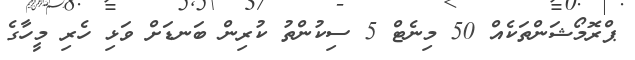
ޕްރޮމޯޝަންތަކެއް 50 މިނެޓް 5 ސިކުންތު ކުރިން ބަނޑަށް ވަޅި ހެރި މީހާގެ